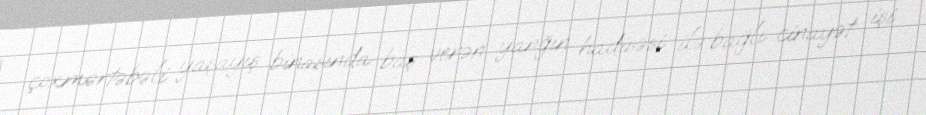
çoxmərtəbəli yaşayış binasında baş verən yanğın hadisəsi ilə bağlı cinayət işi